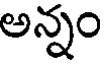
అన్నం